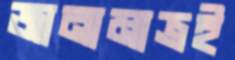
জানামাত্রই